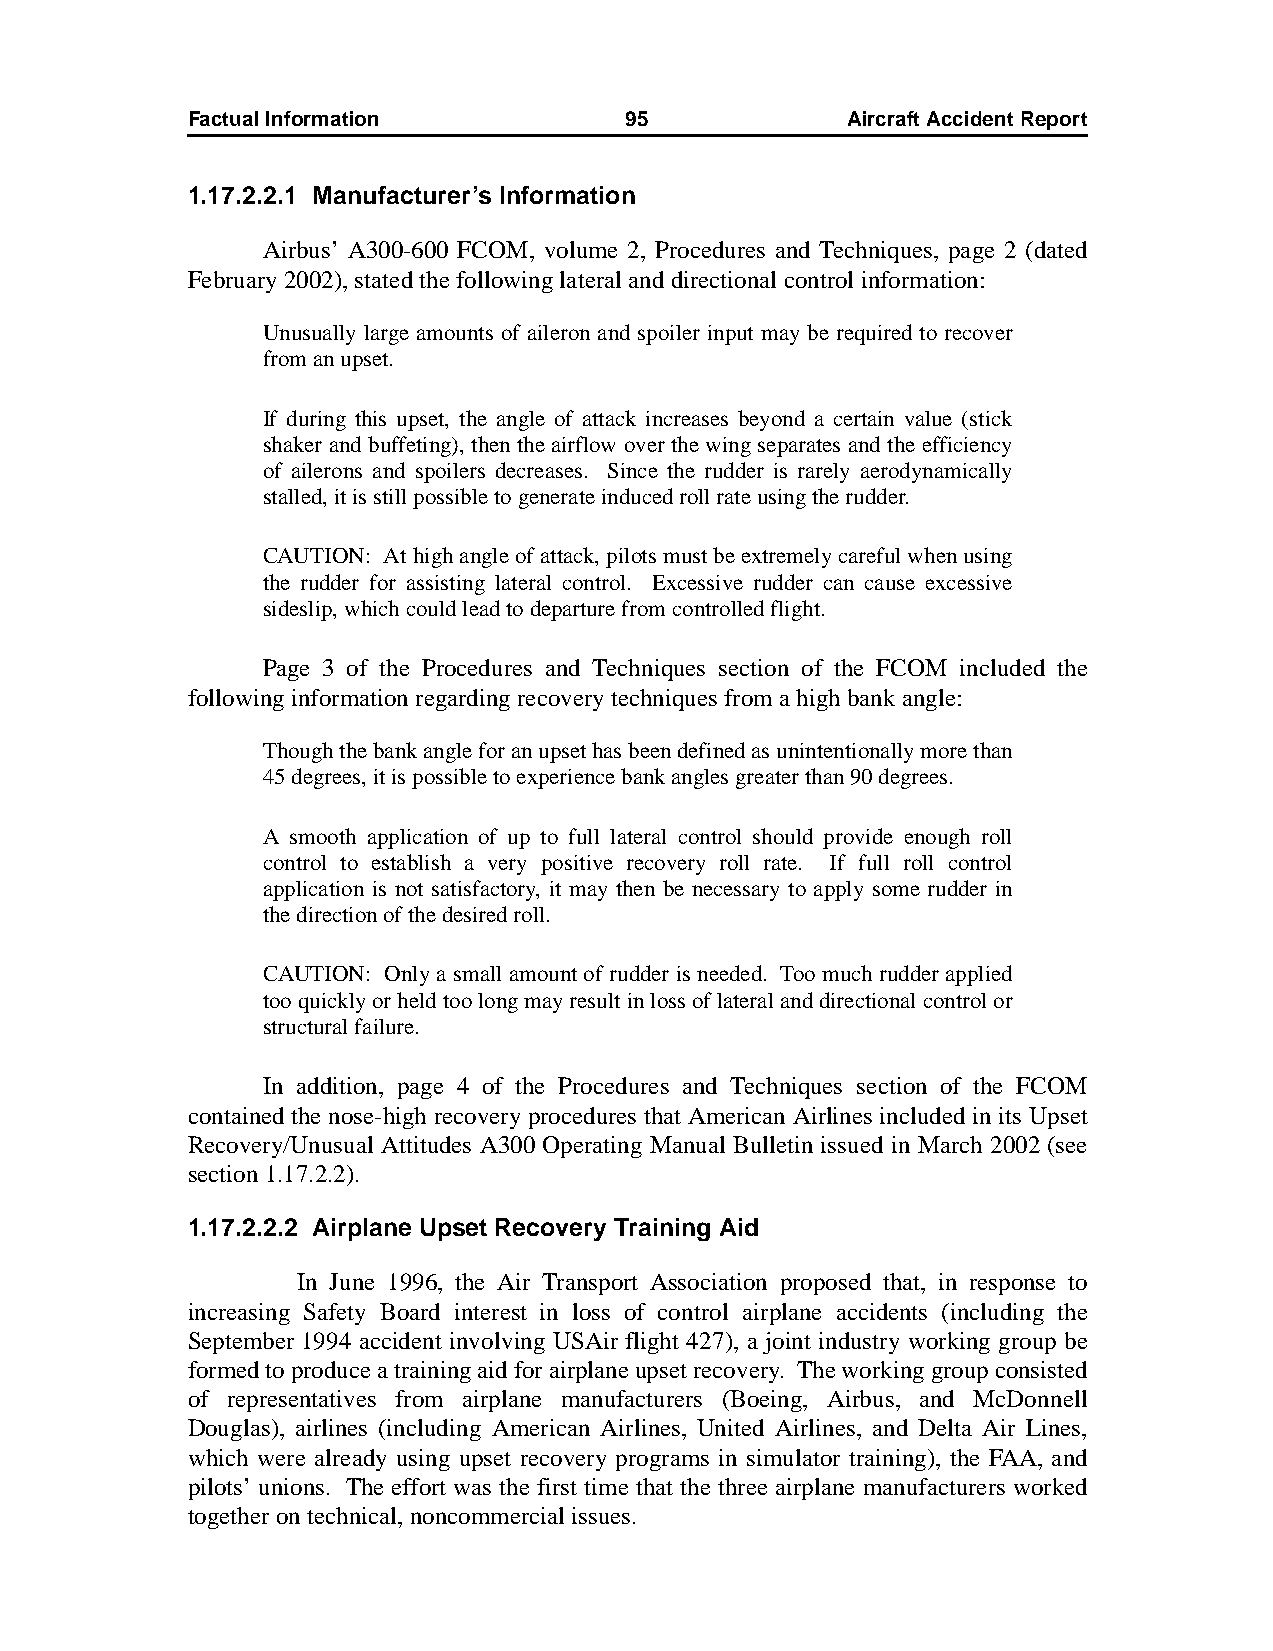
Factual Information          95             AircraftAccidentReport
 1.17.2.2.1 Manufacturer’s Information
 Airbus’ A300-600 FCOM, volume 2, Procedures and Techniques, page 2 (dated
 February 2002), stated the following lateral and directional control information:
 Unusually large amounts of aileron and spoiler input may be required to recover
 from an upset.
 If during this upset, the angle of attack increases beyond a certain value (stick
 shaker and buffeting), then the airflow over the wing separates and the efficiency
 of ailerons and spoilers decreases. Since the rudder is rarely aerodynamically
 stalled, it is still possible to generate induced roll rate using the rudder.
 CAUTION: At high angle of attack, pilots must be extremely careful when using
 the rudder for assisting lateral control. Excessive rudder can cause excessive
 sideslip, which could lead to departure from controlled flight.
 Page 3 of the Procedures and Techniques section of the FCOM included the
 following information regarding recovery techniques from a high bank angle:
 Though the bank angle for an upset has been defined as unintentionally more than
 45 degrees, it is possible to experience bank angles greater than 90 degrees.
 A smooth application of up to full lateral control should provide enough roll
 control to establish a very positive recovery roll rate. If full roll control
 application is not satisfactory, it may then be necessary to apply some rudder in
 the direction of the desired roll.
 CAUTION: Only a small amount of rudder is needed. Too much rudder applied
 too quickly or held too long may result in loss of lateral and directional control or
 structural failure.
 In addition, page 4 of the Procedures and Techniques section of the FCOM
 contained the nose-high recovery procedures that American Airlines included in its Upset
 Recovery/Unusual Attitudes A300 Operating Manual Bulletin issued in March 2002 (see
 section 1.17.2.2).
 1.17.2.2.2 Airplane Upset Recovery Training Aid
 In June 1996, the Air Transport Association proposed that, in response to
 increasing Safety Board interest in loss of control airplane accidents (including the
 September 1994 accident involving USAir flight 427), a joint industry working group be
 formed to produce a training aid for airplane upset recovery. The working group consisted
 of representatives from airplane manufacturers (Boeing, Airbus, and McDonnell
 Douglas), airlines (including American Airlines, United Airlines, and Delta Air Lines,
 which were already using upset recovery programs in simulator training), the FAA, and
 pilots’ unions. The effort was the first time that the three airplane manufacturers worked
 together on technical, noncommercial issues.